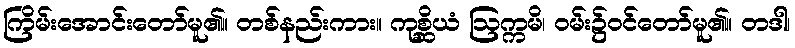
ကြိမ်းအောင်းတော်မူ၏။ တစ်နည်းကား။ ကုစ္ဆိယံ ဩက္ကမိ၊ ဝမ်း၌ဝင်တော်မူ၏။ တဒါ၊